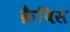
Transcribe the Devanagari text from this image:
क्रैविस